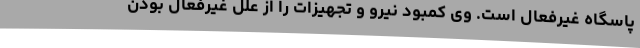
پاسگاه غیرفعال است. وی کمبود نیرو و تجهیزات را از علل غیرفعال بودن